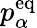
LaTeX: p_{\alpha}^{\mathrm{eq}}